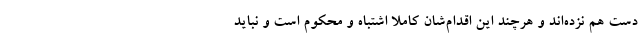
دست هم نزده‌اند و هرچند این اقدام‌شان کاملا اشتباه و محکوم است و نباید